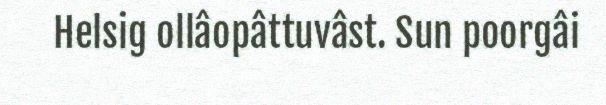
Helsig ollâopâttuvâst. Sun poorgâi